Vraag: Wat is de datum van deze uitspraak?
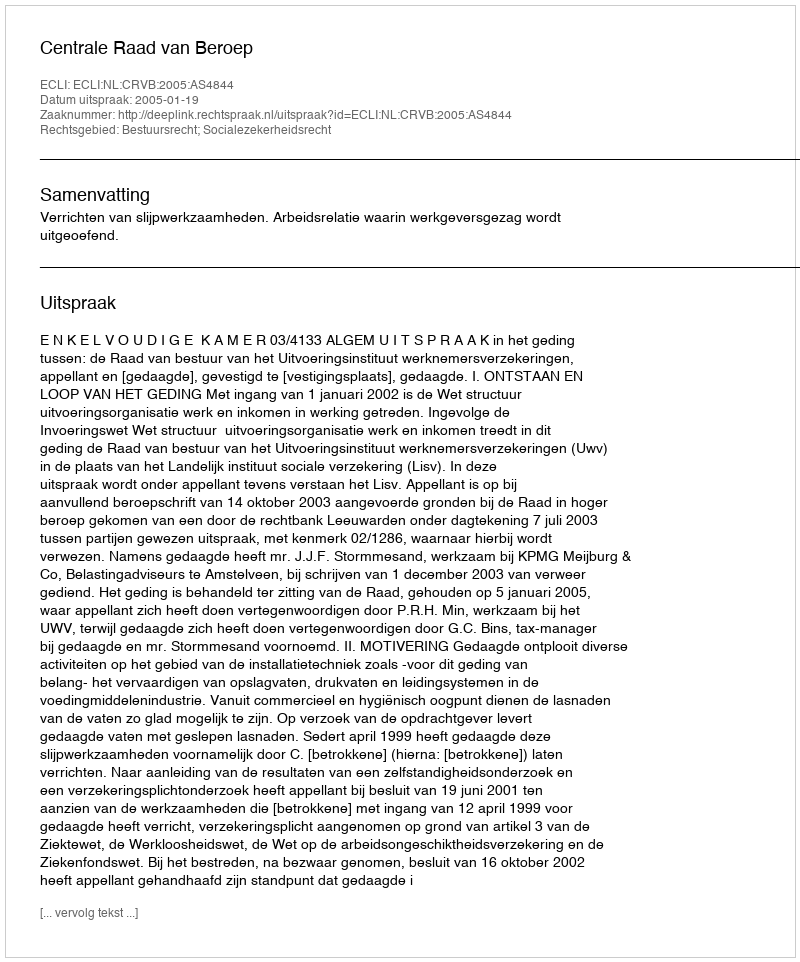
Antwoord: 2005-01-19